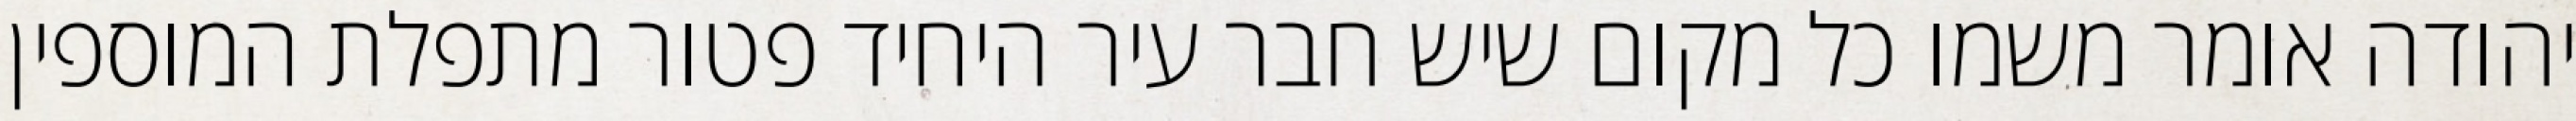
יהודה אומר משמו כל מקום שיש חבר עיר היחיד פטור מתפלת המוספין